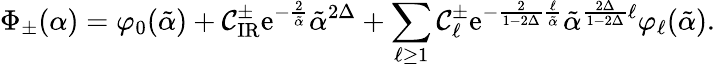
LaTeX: \Phi_{\pm}({\alpha})=\varphi_{0}(\tilde{\alpha})+{\cal C}_{\mathrm{IR}}^{\pm}\mathrm{e}^{-\frac{2}{\tilde{\alpha}}}\tilde{\alpha}^{2\Delta}+\sum_{\ell\geq 1}{\cal C}_{\ell}^{\pm}\mathrm{e}^{-\frac{2}{1-2\Delta}\frac{\ell}{\tilde{\alpha}}}\tilde{\alpha}^{\frac{2\Delta}{1-2\Delta}\ell}\varphi_{\ell}(\tilde{\alpha}).